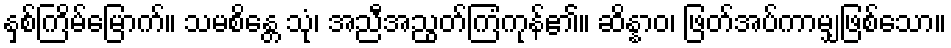
နှစ်ကြိမ်မြောက်။ သမစိန္တေ သုံ၊ အညီအညွတ်ကြံကုန်၏။ ဆိန္နာဝ၊ ဖြတ်အပ်ကာမျှဖြစ်သော။